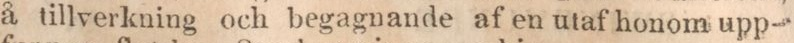
å tillverkning och begagnande af en utaf honom upp-